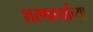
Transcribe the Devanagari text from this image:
शरणार्थ्यांच्या